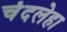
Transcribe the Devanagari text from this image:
चंदलेहा